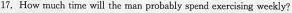
17. How much time will the man probably spend exercising weekly?